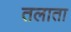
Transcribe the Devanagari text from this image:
तलाता